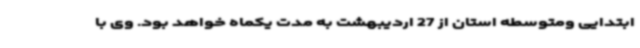
ابتدایی ومتوسطه استان از 27 اردیبهشت به مدت یکماه خواهد بود. وی با